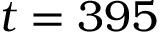
t = 3 9 5